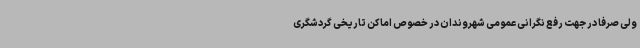
ولی صرفا در جهت رفع نگرانی عمومی شهروندان در خصوص اماکن تاریخی گردشگری